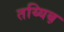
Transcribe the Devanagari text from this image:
तय्यिब़